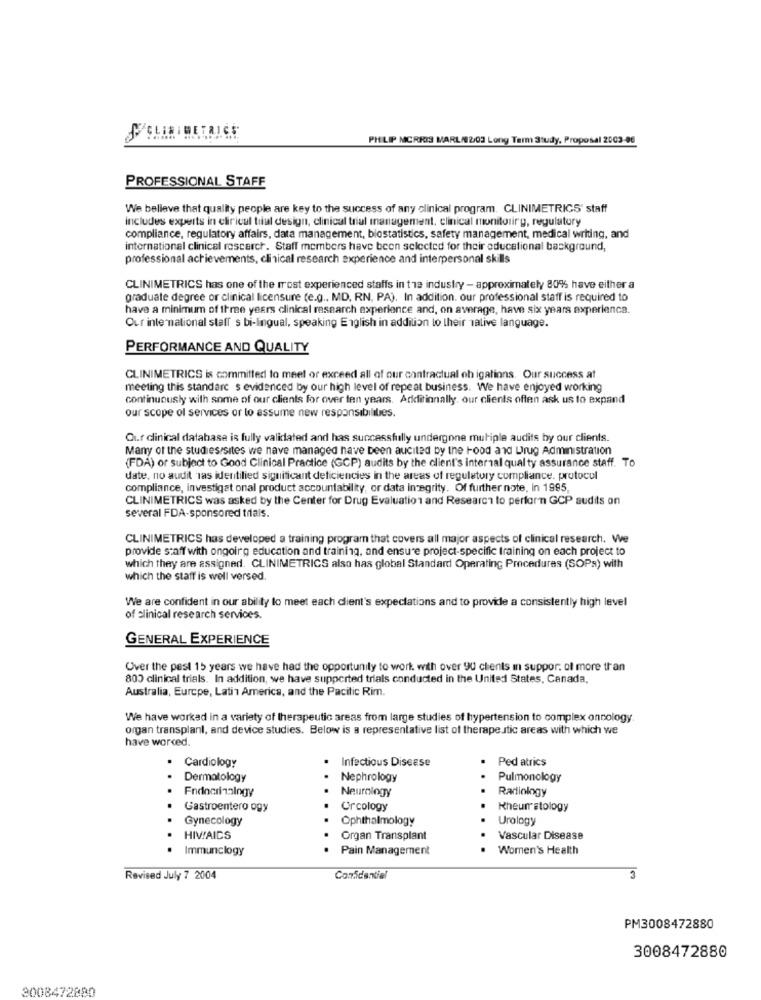
PHILIP MORRIS MARL/02/03 Long Term Study, Proposal 2003-06
PROFESSIONAL STAFF
We believe that quality people are key to the success of any clinical program. CLINIMETRICS' staff
includes experts in clinical trial design, clinical trial management, clinical monitorirg, regulatory
compliance, regulatory affairs, data management, biostatistics, safety management, medical writing, and
international clinical rescerch. Staff members have been selected for their educational background,
professional achievements, clinical research experience and interpersonal skills
CLINIMETRICS has one of the most experienced staffs in the industry - approximately 80% have either a
graduate degree or clinical licensure (e.g ., MD, RN, PA). In addition. our professional staff is required to
have a minimum of three years clinical research experience and, on average, have six years experienca.
Our international staff s bi-lingual, speaking English in addition to their 1alive language.
PERFORMANCE AND QUALITY
CLINIMETRICS is committed to meet or exceed all of our contractual ch igations. Our success at
meeting this standarc s evidenced by our high level of repeat business. We have enjoyed working
continuously with some of our clients for over ten years. Additionally, our clients often ask us to expand
our scope of services or lo assume new responsibilities.
Cir clinical datahasa is fully validated and has successfully undergone mutiple audits by our clients.
Many of the studies/sites we have managed have been aucited by the Food and Drug Administration
(FDA) or subject to Good Clinical Practice (GCP) audits by the client's internal qual ty assurance staff. To
date, no audit 1as identilied significant deficiencies in the areas of regulatory compliance. protocol
compliance, investigat onal product accountability, or data Integrity. Of further note, in 1995,
CLINIMETRICS was asked by the Center for Drug Evaluation and Research to perform GCP sudits on
several FDA-sponsored trials.
CLINIMETRICS has developed a training program that covers all major aspects of clinical research. We
provide staff with ongoing education and training, and ensure project-specific training on each project to
which they are assigned. CLINIMETRICS also has global Standard Operating Procedures (SOPs) with
which the staff is well versed.
We are confident in our ability to meet each client's expectations and to provide a consistently high level
of clinical research services.
GENERAL EXPERIENCE
Over the past 15 years we have had the opportunity to work with over 90 clients in suppor. of more than
800 clinical trials. In addition, we have supported trials conducted in the United States, Canada,
Australia, Eurcpe, Latin America, and the Pacific Rim.
We have worked in a variety of therapeutic areas from large studies of hypertension to complex oncology
organ transplant, and device studies. Below is a representative list of therapeutic areas with which we
have worked.
.
Cardiology
Infectious Disease
Ped atrics
Dermatology
..
Nephrology
Pulmonology
Endocrinology
Radiology
Neurology
Gastroentero ogy
Crcology
Rheumatology
Gynecology
Ophthalmology
Urology
HIV/AIDS
Organ Transplant
Vascular Disease
Immunclogy
Pain Management
Women's Health
3
Revised July 7 2004
Confidential
PM3008472880
3008472880
3008472880